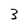
Character: 3